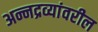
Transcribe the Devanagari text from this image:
अन्नद्रव्यांवरील